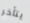
يتأخر